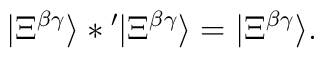
|\Xi^{\beta\gamma}\rangle *{}'|\Xi^{\beta\gamma}\rangle=|\Xi^{\beta\gamma}\rangle.